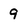
Character: 9